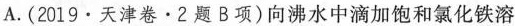
A.(2019·天津卷。2题B项)向沸水中滴加饱和氯化铁溶